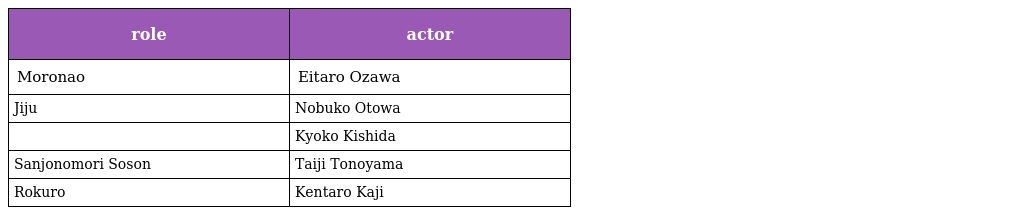
| role | actor |
 | --- | --- |
 | Moronao | Eitaro Ozawa |
 | Jiju | Nobuko Otowa |
 |  | Kyoko Kishida |
 | Sanjonomori Soson | Taiji Tonoyama |
 | Rokuro | Kentaro Kaji |